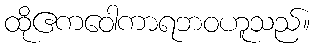
ထိုဧကဝေါကာရဘဝဟူသည်။